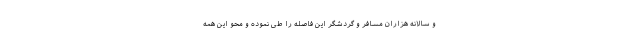
و سالانه هزاران مسافر و گردشگر این فاصله را طی نموده و محو این همه